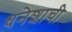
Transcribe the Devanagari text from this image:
धनेशाची